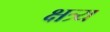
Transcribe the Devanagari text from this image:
क्षत्र्य